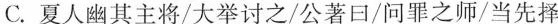
C.夏人幽其主将/大举讨之/公著口/问罪之师/当先择